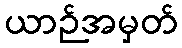
ယာဉ်အမှတ်